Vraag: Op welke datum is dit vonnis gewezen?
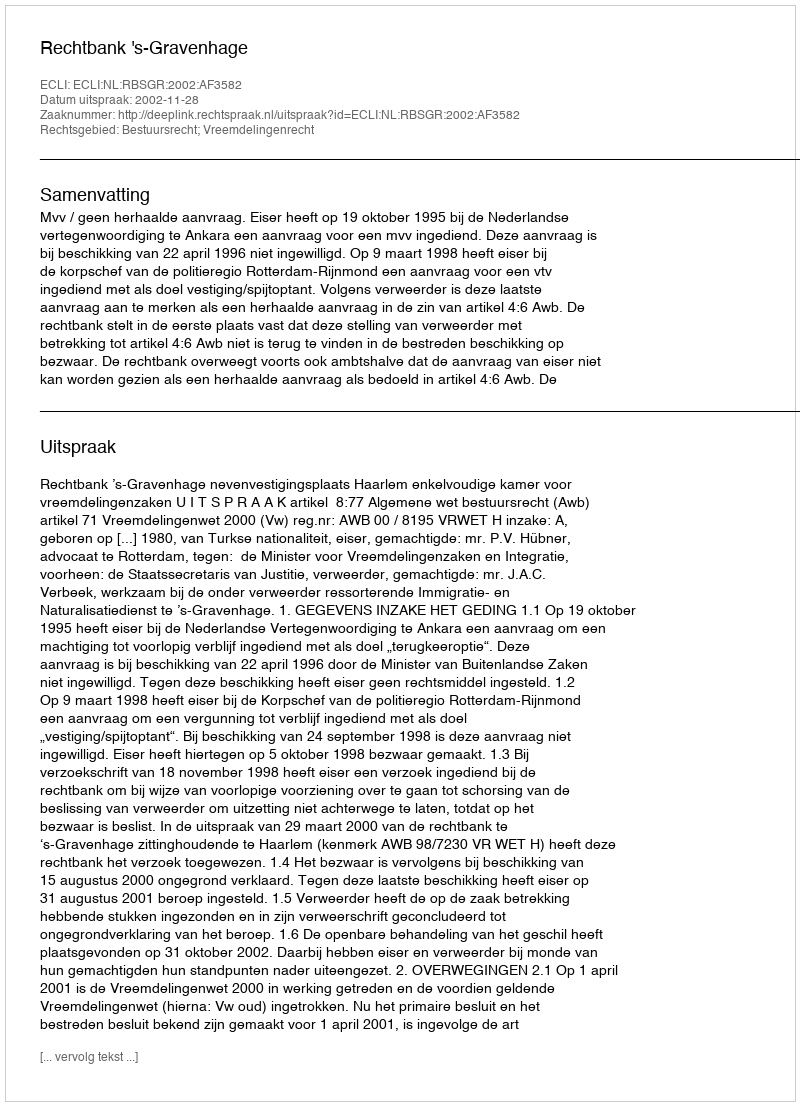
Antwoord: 2002-11-28